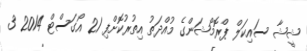
ޝީޝާ ސައިކަލް ޕްރޮމޯޝަންގެ މުއްދަތު އިތުރުކޮށްފި 21 އޯގަސްޓް 2014 3